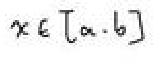
\(x \in [a, b]\)